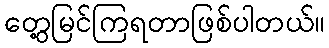
တွေ့မြင်ကြရတာဖြစ်ပါတယ်။